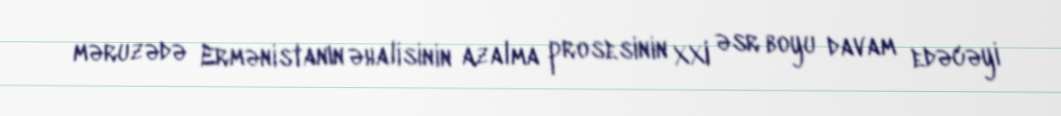
məruzədə Ermənistanın əhalisinin azalma prosesinin XXI əsr boyu davam edəcəyi